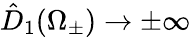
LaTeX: \hat{D}_{1}(\Omega_{\pm})\rightarrow\pm\infty